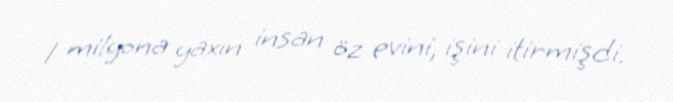
1 milyona yaxın insan öz evini, işini itirmişdi.